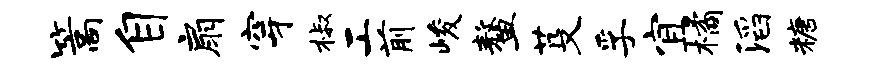
篙自扇穿椒工前峻鳌芟孚宜橘滔糖